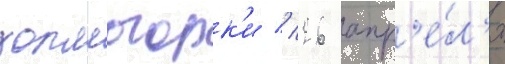
холмогорк'и // 26 апр'е́л'я